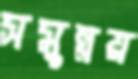
সমুন্নয়